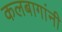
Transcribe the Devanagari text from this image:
कलबागांनी